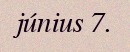
június 7.